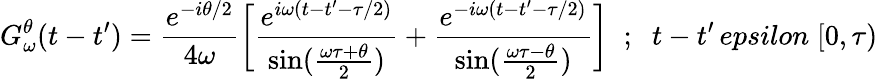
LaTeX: G_{\omega}^{\theta}(t-t^{\prime})={\frac{e^{-i\theta/2}}{4\omega}}\biggl[{\frac{e^{i\omega(t-t^{\prime}-\tau/2)}}{\sin({\frac{\omega\tau+\theta}{2}})}}+{\frac{e^{-i\omega(t-t^{\prime}-\tau/2)}}{\sin({\frac{\omega\tau-\theta}{2}})}}\biggr]\; \; ;\; \; t-t^{\prime}\, epsilon\; [0,\tau)